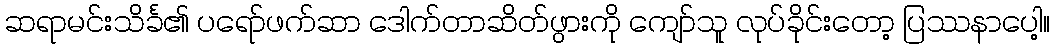
ဆရာမင်းသိင်္ခ၏ ပရော်ဖက်ဆာ ဒေါက်တာဆိတ်ဖွားကို ကျော်သူ လုပ်ခိုင်းတော့ ပြဿနာပေါ့။